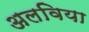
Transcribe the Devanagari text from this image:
अलविया